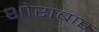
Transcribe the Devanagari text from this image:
शोराबाह